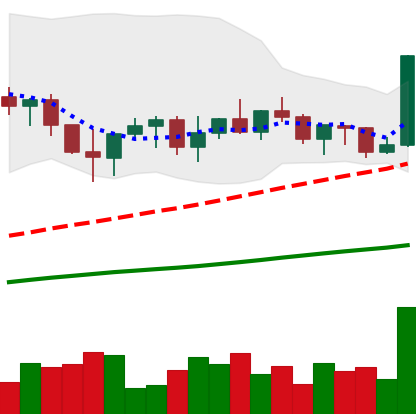
Ticker: XRP-USD
Chart end date: 2022-11-04
Forward return: -33.946%
Label: down_7plus